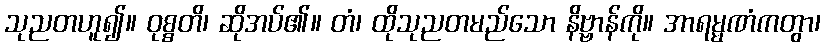
သုညတဟူ၍။ ဝုစ္စတိ၊ ဆိုအပ်၏။ တံ၊ ထိုသုညတမည်သော နိဗ္ဗာန်ကို။ အာရမ္မဏံကတွာ၊